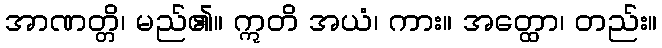
အာဏတ္တိ၊ မည်၏။ ဣတိ အယံ၊ ကား။ အတ္ထော၊ တည်း။